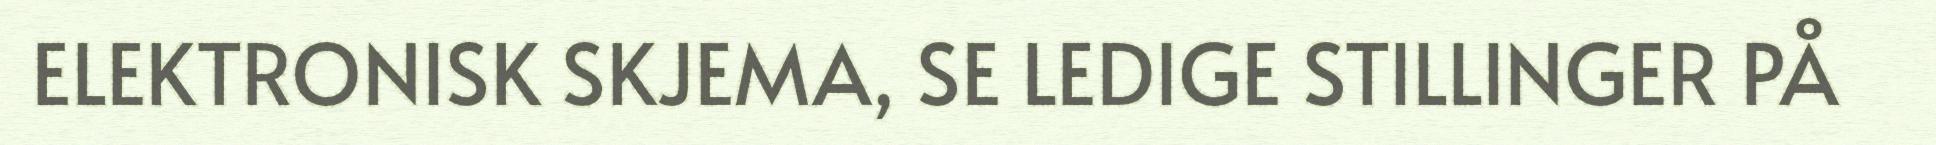
ELEKTRONISK SKJEMA, SE LEDIGE STILLINGER PÅ